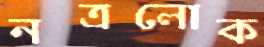
নত্রলোক